Vaccine operations Central Provinces & Berar 1912-1920 - 1912-1920
Year: 1912
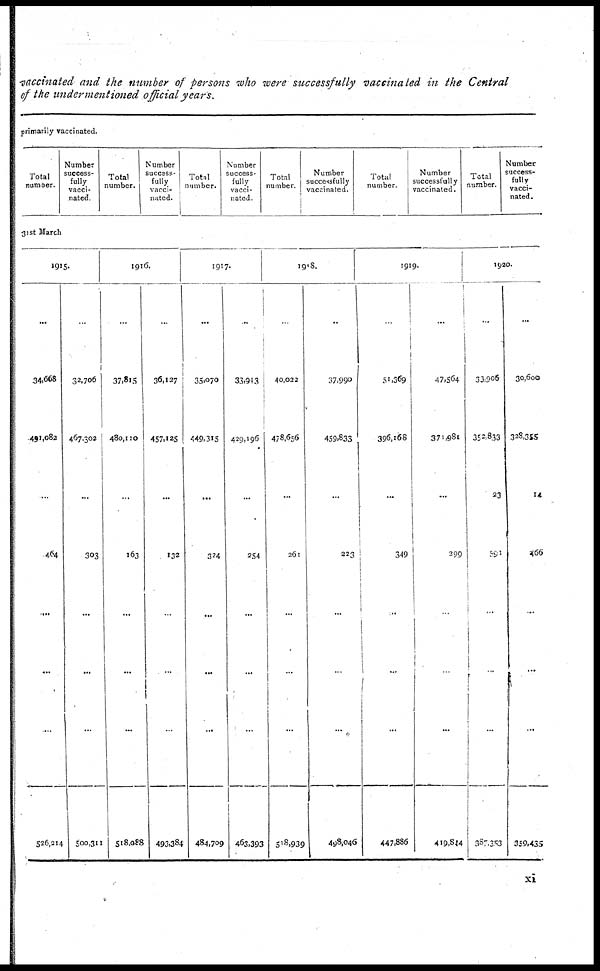
vaccinated and the number of persons who were successfully vaccinated in the Central
of the undermentioned official years.
primarily vaccinated.
Total
number.
Number
success-
fully
vacci-
nated.
Total
number.
Number
success-
fully
vacci-
nated.
Total
number.
Number
success-
fully
vacci-
nated.
Total
number.
Number
successfully
vaccinated.
Total
number.
Number
successfully
vaccinated.
Total
number.
Number
success-
fully
vacci-
nated.
31st March
1915.
...
34,668
491,082
...
464
...
...
...
526,214
...
32,706
467,302
...
303
...
...
...
500,311
1916.
...
37,815
480,110
...
163
...
...
...
518,088
...
36,127
457,125
...
132
...
...
...
493,384
1917.
...
35,070
449,315
...
324
...
...
...
484,709
..
33,943
429,196
...
254
...
...
...
463,393
1918.
..
40,022
478,656
...
261
...
...
...
518,939
..
37,990
459,833
...
223
...
...
...
498,046
1919.
...
51,369
396,168
...
349
...
...
...
447,886
..
47,564
371,981
...
299
...
...
...
419,844
1920.
...
33,906
352,833
23
591
...
...
...
387,353
...
30,600
328,355
14
466
...
...
...
359,435
xi